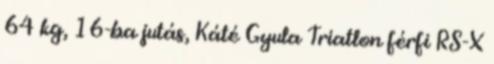
64 kg, 16-ba jutás, Káté Gyula Triatlon férfi RS-X